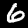
Label: 6